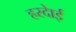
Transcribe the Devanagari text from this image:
हरदाेई